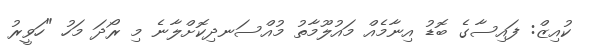
ކުއިޒް: ފައިސާގެ ބޮޑު އިނާމެއް މައުލޫމާތު މުއްސަނދިކޮށްލާނެ މި ރޯދަ މަހު "ހަވީރު